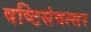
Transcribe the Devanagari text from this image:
षष्टिसंवत्सर